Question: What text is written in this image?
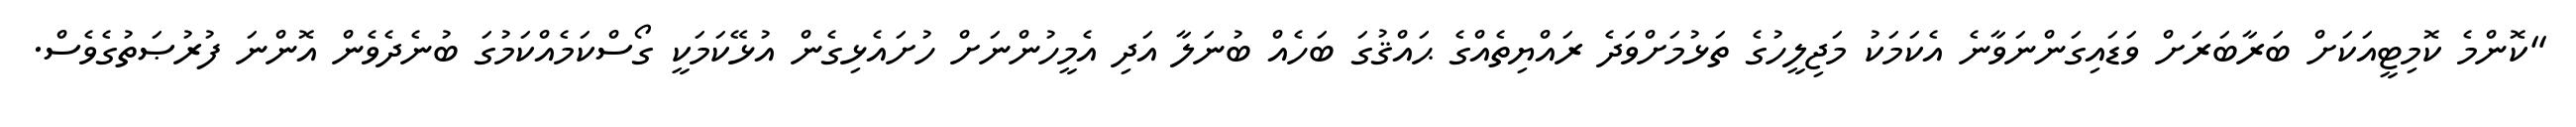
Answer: "ކޮންމެ ކޮމިޓީއަކަށް ބަރާބަރަށް ވަޑައިގަންނަވާނެ އެކަމަކު މަޖިލީހުގެ ތަޅުމަށްވަދެ ރައްޔިތެއްގެ ޙައްޤުގަ ބަހެއް ބުނަލާ އަދި އެމީހުންނަށް ހުށައެޅިގެން އުޅޭކަމަކީ ގޯސްކަމެއްކަމުގަ ބުނެދެވެން އޮންނަ ފުރުޞަތުގެވެސް.